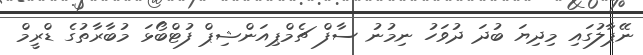
ނޭޕާލުގައި މިދިޔަ ބުދަ ދުވަހު ނިމުނު ސާފް ޗެމްޕިއަންޝިޕް ފުޓްބޯޅަ މުބާރާތުގެ ޑްރީމް